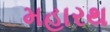
મહારથ